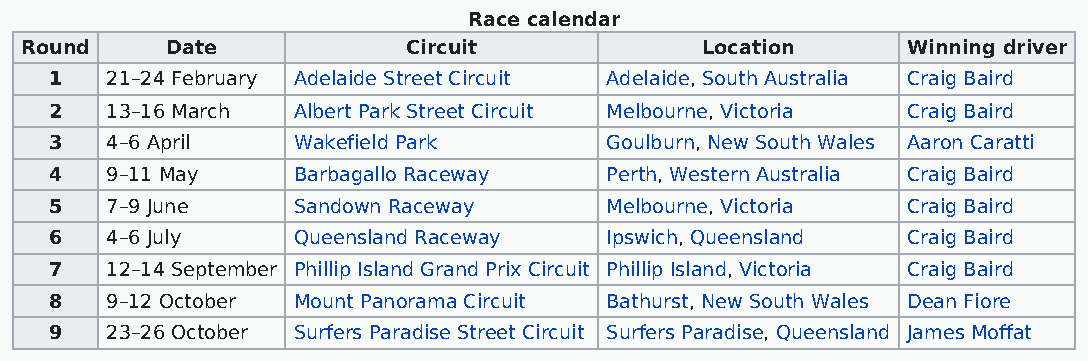
Race calendar
 Round     Date            Circuit            Location      Winning driver
 1   21–24 February Adelaide Street Circuit Adelaide, South Australia Craig Baird
 2   13–16 March Albert Park Street Circuit Melbourne, Victoria Craig Baird
 3   4–6 April   Wakefield Park       Goulburn, New South Wales Aaron Caratti
 4   9–11 May    Barbagallo Raceway   Perth, Western Australia Craig Baird
 5   7–9 June    Sandown Raceway      Melbourne, Victoria Craig Baird
 6   4–6 July    Queensland Raceway   Ipswich, Queensland Craig Baird
 7   12–14 September Phillip Island Grand Prix Circuit Phillip Island, Victoria Craig Baird
 8   9–12 October Mount Panorama Circuit Bathurst, New South Wales Dean Fiore
 9   23–26 October Surfers Paradise Street Circuit Surfers Paradise, Queensland James Moffat